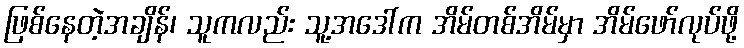
ဖြစ်နေတဲ့အချိန်၊ သူကလည်း သူ့အဒေါ်က အိမ်တစ်အိမ်မှာ အိမ်ဖော်လုပ်ဖို့